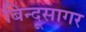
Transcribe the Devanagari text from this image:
बिन्दूसागर